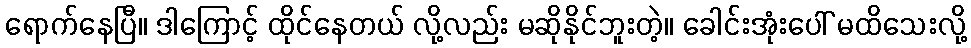
ရောက်နေပြီ။ ဒါကြောင့် ထိုင်နေတယ် လို့လည်း မဆိုနိုင်ဘူးတဲ့။ ခေါင်းအုံးပေါ် မထိသေးလို့